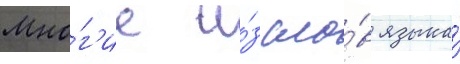
Мно́г'ие и́з сло́в языка́